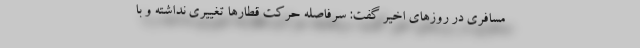
مسافری در روزهای اخیر گفت: سرفاصله حرکت قطارها تغییری نداشته و با